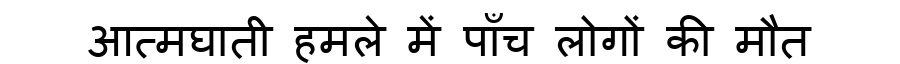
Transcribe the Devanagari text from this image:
आत्मघाती हमले में पाँच लोगों की मौत